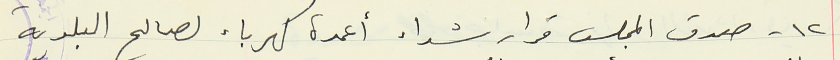
١٢ - صدق المجلس قرار شراء أعمدة كهرباء لصالح البلدية